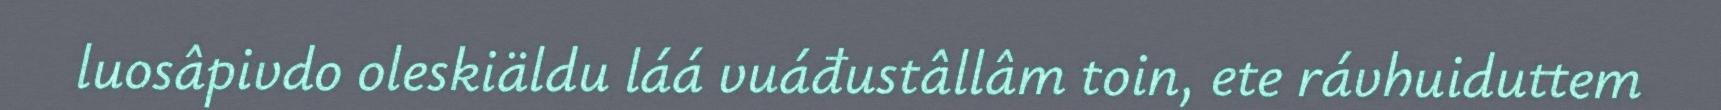
luosâpivdo oleskiäldu láá vuáđustâllâm toin, ete rávhuiduttem